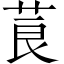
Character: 莨